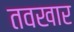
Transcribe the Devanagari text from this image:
तवखार